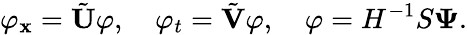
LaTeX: \varphi_{\mathbf{x}}=\tilde{{\mathbf{{U}}}}\varphi,~~~~\varphi_{t}=\tilde{{\mathbf{{V}}}}\varphi,~~~~\varphi=H^{-1}S\mathbf{{\Psi}}.